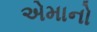
એમાનો